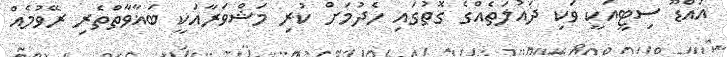
އައްޑޫ ސިޓީއަކީ ވަކި ދައުލަތެއްގެ ގޮތުގައި ހެދުމަށް ކުރި މަޝްވަރާއަކީ ބަޣާވާތްތެރި ރޭވުމެއް